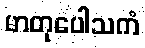
မာတုပေါသကံ